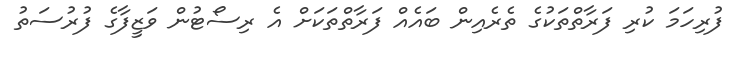
ފުރިހަމަ ކުރި ފަރާތްތަކުގެ ތެރެއިން ބައެއް ފަރާތްތަކަށް އެ ރިސޯޓުން ވަޒީފާގެ ފުރުސަތު